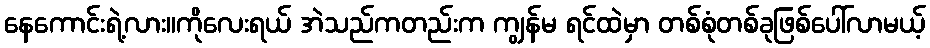
နေကောင်းရဲ့လား။ကိုလေးရယ် အဲသည်ကတည်းက ကျွန်မ ရင်ထဲမှာ တစ်စုံတစ်ခုဖြစ်ပေါ်လာမယ့်